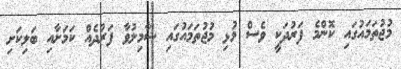
މުޖުތަމައުގައި ކޮންމެ ފަރުދަކީ ވެސް މުޅި މުޖުތަމައުގައި ޝާމިލުވާ ފަރުދެއް ކަމަށާއި ބަލިކަށި